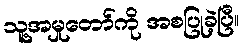
သူ့အမှုတော်ကို အစပြုခဲ့ပြီ။